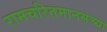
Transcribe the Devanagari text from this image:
रामचरितमानसच्या